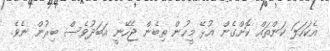
އެކަހަލަ ކަންތައް ކޮށްގެން އުޅޭ މީހުން ތިބެން ޖެހޭނީ އަބަދުވެސް ބިރުން ނެވެ.